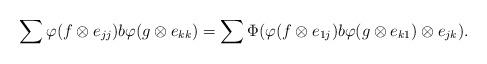
LaTeX: \begin{align*}\sum\varphi(f\otimes e_{jj})b\varphi(g\otimes e_{kk})=\sum\Phi(\varphi(f\otimes e_{1j})b\varphi(g\otimes e_{k1})\otimes e_{jk}).\end{align*}